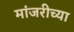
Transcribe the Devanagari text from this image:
मांजरीच्या